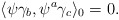
\begin{align*}\langle \psi\gamma_b, \psi^{a}\gamma_c\rangle_{0}=0.\end{align*}